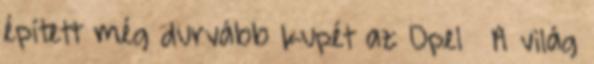
épített még durvább kupét az Opel » A világ